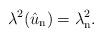
LaTeX: \begin{align*}\lambda^2(\hat u_{\mathrm{n}}) = \lambda_{\mathrm{n}}^2.\end{align*}